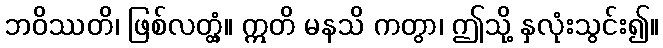
ဘဝိဿတိ၊ ဖြစ်လတ္တံ့။ ဣတိ မနသိ ကတွာ၊ ဤသို့ နှလုံးသွင်း၍။